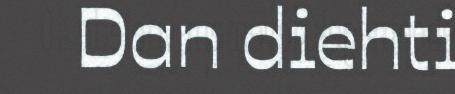
Dan diehti